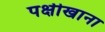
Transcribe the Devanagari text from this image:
पक्षीखाना